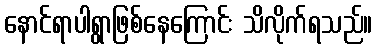
နောင်ရာပါရွာဖြစ်နေကြောင်း သိလိုက်ရသည်။